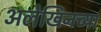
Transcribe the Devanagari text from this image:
अलेखिनच्या